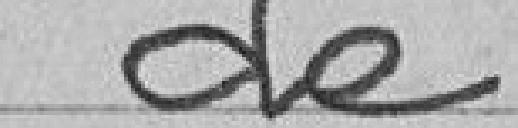
de